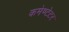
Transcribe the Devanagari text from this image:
कमेण्टेटर